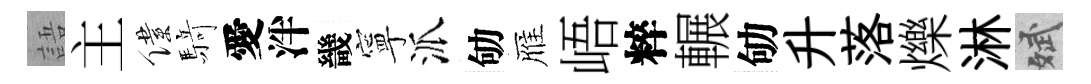
語主僕𮪍愛泮畿寧派劬雁峿粹輾劬升落爍淋斌